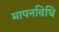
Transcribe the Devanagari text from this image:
मापनविधि